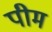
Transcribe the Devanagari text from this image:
पीम